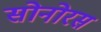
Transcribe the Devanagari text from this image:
सोनोरस